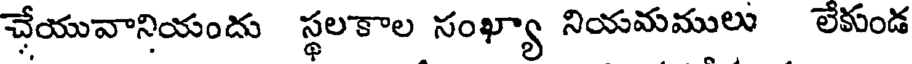
చేయువానియందు స్థలకాల సంఖ్యా నియమములు లేకుండ